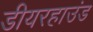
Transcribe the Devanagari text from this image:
डीयरहाउंड